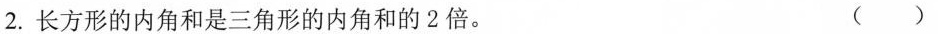
2.长方形的内角和是三角形的内角和的2倍。（）